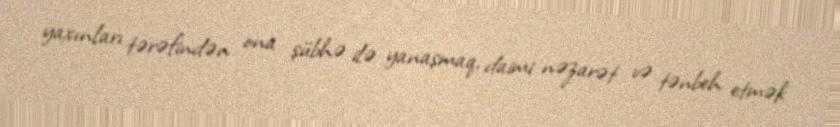
yaxınları tərəfindən ona şübhə ilə yanaşmaq, daimi nəzarət və tənbeh etmək